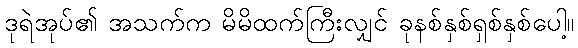
ဒုရဲအုပ်၏ အသက်က မိမိထက်ကြီးလျှင် ခုနစ်နှစ်ရှစ်နှစ်ပေါ့။